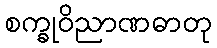
စက္ခုဝိညာဏဓာတု